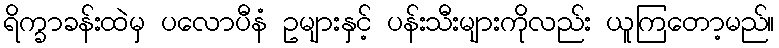
ရိက္ခာခန်းထဲမှ ပလောပီနံ ဥများနှင့် ပန်းသီးများကိုလည်း ယူကြတော့မည်။